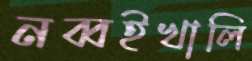
নব্বইখালি